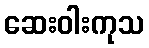
ဆေးဝါးကုသ